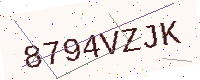
Text: 8794VZJK